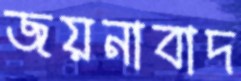
জয়নাবাদ